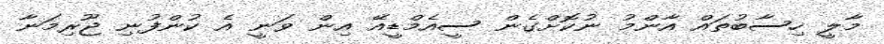
މާލީ ހިސާބުތައް އާންމު ނުކޮށްގެން ސީއެމްޑީއޭ އިން ވަނީ އެ ކުންފުނި ޖޫރިމަނާ